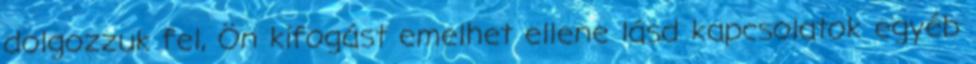
dolgozzuk fel, Ön kifogást emelhet ellene lásd kapcsolatok egyéb